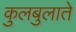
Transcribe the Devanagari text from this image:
कुलबुलाते